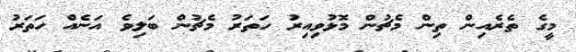
މީގެ ތެރެއިން ތިން މެޗުން މޮޅުވިއިރު ހަތަރު މެޗުން ބަލިވެ އަނެއް ހަތަރު